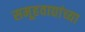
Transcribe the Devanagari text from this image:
समूहवाद्यांच्या